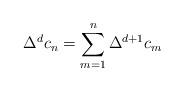
LaTeX: \begin{align*}\Delta^d c_n= \sum\limits_{m=1}^{n} \Delta^{d+1} c_m\end{align*}